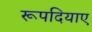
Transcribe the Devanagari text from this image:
रूपदियाए